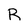
Character: R